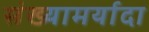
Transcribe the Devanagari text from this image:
संख्यामर्यादा